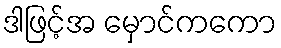
ဒါဖြင့်အ မှောင်ကကော